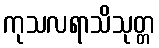
ကုသလရာသိသုတ္တ